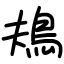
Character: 鳺